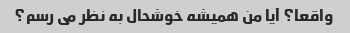
واقعا؟ آیا من همیشه خوشحال به نظر می رسم؟